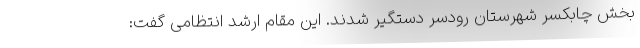
بخش چابکسر شهرستان رودسر دستگیر شدند. این مقام ارشد انتظامی گفت: